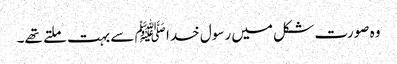
وہ صورت شکل میں رسول خدا ﷺ سے بہت ملتے تھے۔